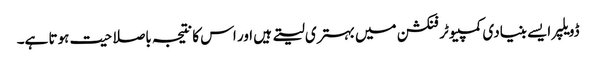
ڈویلپر ایسے بنیادی کمپیوٹر فنکشن میں بہتری لیتے ہیں اور اس کا نتیجہ باصلاحیت ہوتا ہے۔